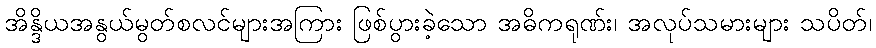
အိန္ဒိယအနွယ်မွတ်စလင်များအကြား ဖြစ်ပွားခဲ့သော အဓိကရုဏ်း၊ အလုပ်သမားများ သပိတ်၊